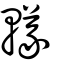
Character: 轙